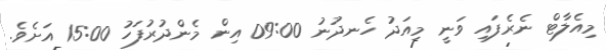
މިއެލާޓް ނެރެފައި ވަނީ މިއަދު ހެނދުނު 09:00 އިން މެންދުރުފަހު 15:00 އަށެވެ.